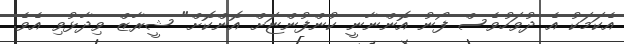
އެކަމަކު އެ ދުވަހުވެސް ފޯނު އޮންނާނީ ކުންފުންޏަށް އޮންކޮށް" ޝީރާޒް ވިދާޅުވި އެވެ.